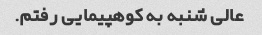
عالی شنبه به کوهپیمایی رفتم.